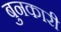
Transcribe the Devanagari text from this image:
बुनकारी